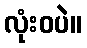
လုံးဝပဲ။